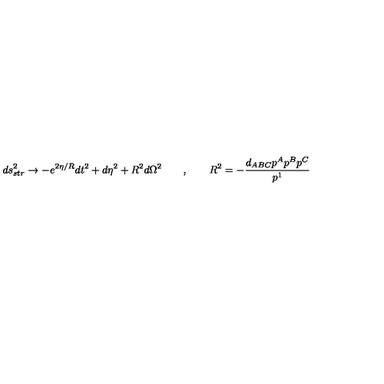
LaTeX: d s _ { s t r } ^ { 2 } \rightarrow - e ^ { 2 \eta / R } d t ^ { 2 } + d \eta ^ { 2 } + R ^ { 2 } d \Omega ^ { 2 } \qquad , \qquad R ^ { 2 } = - { \frac { d _ { A B C } p ^ { A } p ^ { B } p ^ { C } } { p ^ { 1 } } }